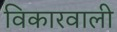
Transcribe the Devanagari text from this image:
विकारवाली